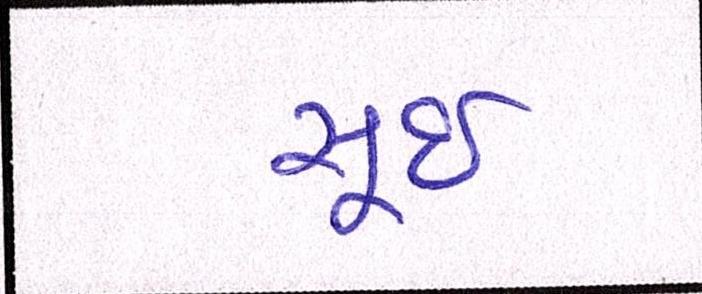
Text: સૂઈ